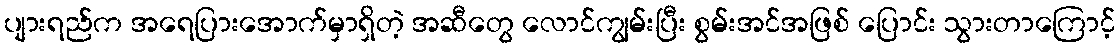
ပျားရည်က အရေပြားအောက်မှာရှိတဲ့ အဆီတွေ လောင်ကျွမ်းပြီး စွမ်းအင်အဖြစ် ပြောင်း သွားတာကြောင့်